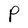
Character: P